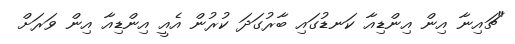
"ޗައިނާ އިން އިންޑިއާ ކަނޑުގައި ބާރުގަދަ ކުރުން އެއީ އިންޑިއާ އިން ވަރަށް